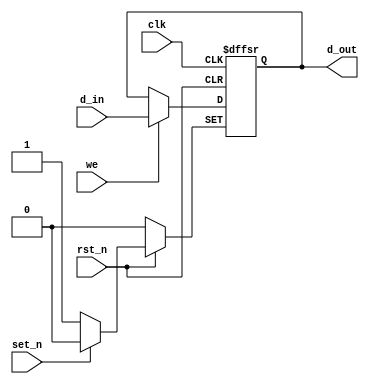
`timescale 1 ns / 1 ps 
module dff_complex(clk, rst_n, set_n, we, d_in, d_out);
input clk, rst_n, set_n, we, d_in;
output reg d_out;
always @(posedge clk, negedge rst_n, negedge set_n) begin
  if(!rst_n) begin
    d_out <= 1'b0;
  end else if(!set_n) begin
    d_out <= 1'b1;
  end else if(we) begin
    d_out <= d_in;
  end
end
endmodule